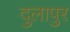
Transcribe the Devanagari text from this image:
दुलापुर